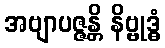
အဗျာပဇ္ဇန္တိ နိဗ္ဗုဒ္ဓံ